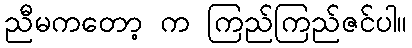
ညီမကတော့ က ကြည်ကြည်ဇင်ပါ။